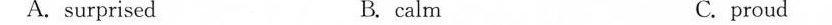
A.surprised B. calm C. proud